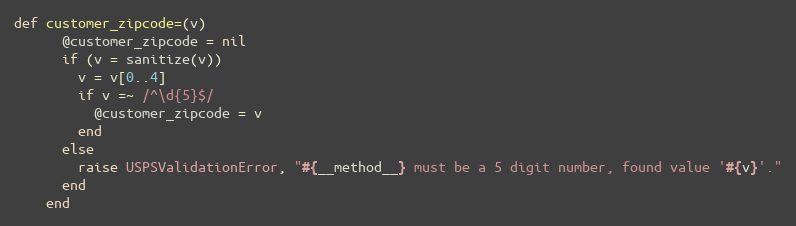
Language: Ruby
def customer_zipcode=(v)
      @customer_zipcode = nil
      if (v = sanitize(v))
        v = v[0..4]
        if v =~ /^\d{5}$/
          @customer_zipcode = v
        end
      else
        raise USPSValidationError, "#{__method__} must be a 5 digit number, found value '#{v}'."
      end
    end